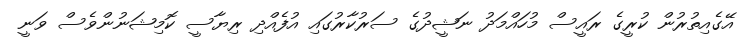
އޭގެއިތުރުން ކުރީގެ ރައީސް މުހައްމަދު ނަޝީދުގެ ސަރުކާރުގައި އުފެއްދި ރިޔާސީ ކޮމިޝަނުންވެސް ވަނީ